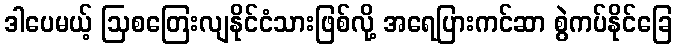
ဒါပေမယ့် ဩစတြေးလျနိုင်ငံသားဖြစ်လို့ အရေပြားကင်ဆာ စွဲကပ်နိုင်ခြေ